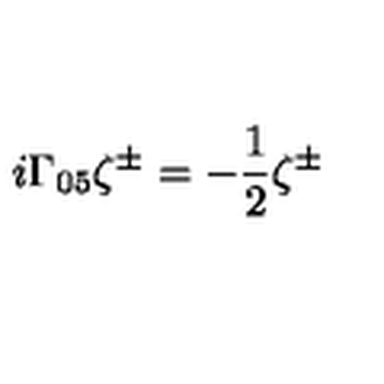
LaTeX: i \Gamma _ { 0 5 } \zeta ^ { \pm } = - \frac 1 2 \zeta ^ { \pm }